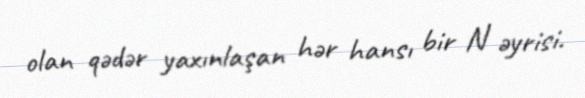
olan qədər yaxınlaşan hər hansı bir N əyrisi.